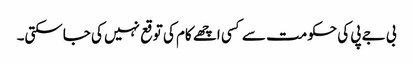
بی جے پی کی حکومت سے کسی اچھے کام کی توقع نہیں کی جاسکتی۔